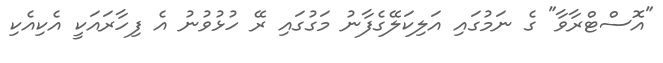
"އޮސްޓްރާވާ" ގެ ނަމުގައި އަލިކަލޭގެފާނު މަގުގައި ރޭ ހުޅުވުނު އެ ފިހާރައަކީ އެކިއެކި